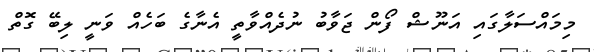
މިމައްސަލާގައި އަނޫޝް ފޯން ޖަވާބު ނުދެއްވާތީ އެނާގެ ބަހެއް ވަނީ ލިބޭ ގޮތް